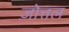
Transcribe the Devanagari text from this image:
ज़ोत्तल